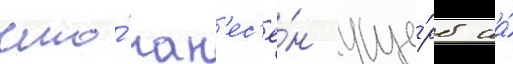
что́ нан'ес'ё́н уще́рб на́